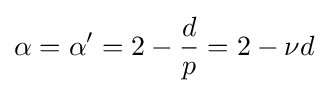
\alpha =\alpha '=2-{\frac {d}{p}}=2-\nu d